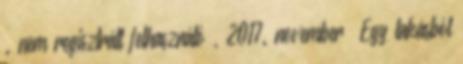
. nem regisztrált felhasználó , 2017. november „Egy lakásból